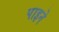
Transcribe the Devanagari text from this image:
पाइने